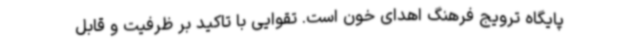
پایگاه ترویج فرهنگ اهدای خون است. تقوایی با تاکید بر ظرفیت و قابل